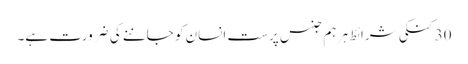
30 کنکی شرائط ہر ہم جنس پرست انسان کو جاننے کی ضرورت ہے۔